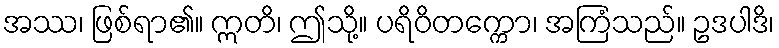
အဿ၊ ဖြစ်ရာ၏။ ဣတိ၊ ဤသို့။ ပရိဝိတက္ကော၊ အကြံသည်။ ဥဒပါဒိ၊